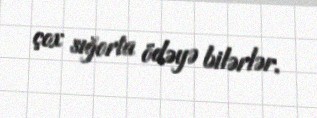
çox sığorta ödəyə bilərlər.